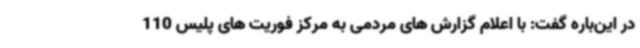
در این‌باره گفت: با اعلام گزارش های مردمی به مرکز فوریت های پلیس 110